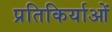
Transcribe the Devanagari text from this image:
प्रतिकिर्याओं